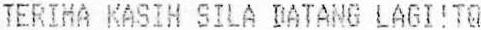
TERIMA KASIH SILA DATANG LAGI!TQ